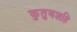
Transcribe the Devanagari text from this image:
कुतुबशहि